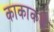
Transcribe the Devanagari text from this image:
काकाकडे